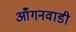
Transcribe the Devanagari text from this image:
आँगनवाडी